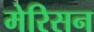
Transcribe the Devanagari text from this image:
मेरिसन